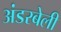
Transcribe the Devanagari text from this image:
अंडरबेली